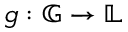
g : { \mathbb { G } } \rightarrow { \mathbb { L } }